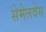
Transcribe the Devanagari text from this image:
सेमेलवेस